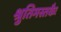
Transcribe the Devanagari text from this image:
श्रुतिमस्तकैः